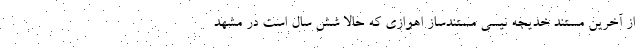
از آخرین مستند خدیجه نیسی مستندساز اهوازی که حالا شش سال است در مشهد